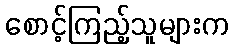
စောင့်ကြည့်သူများက